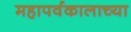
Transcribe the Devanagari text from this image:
महापर्वकालाच्या